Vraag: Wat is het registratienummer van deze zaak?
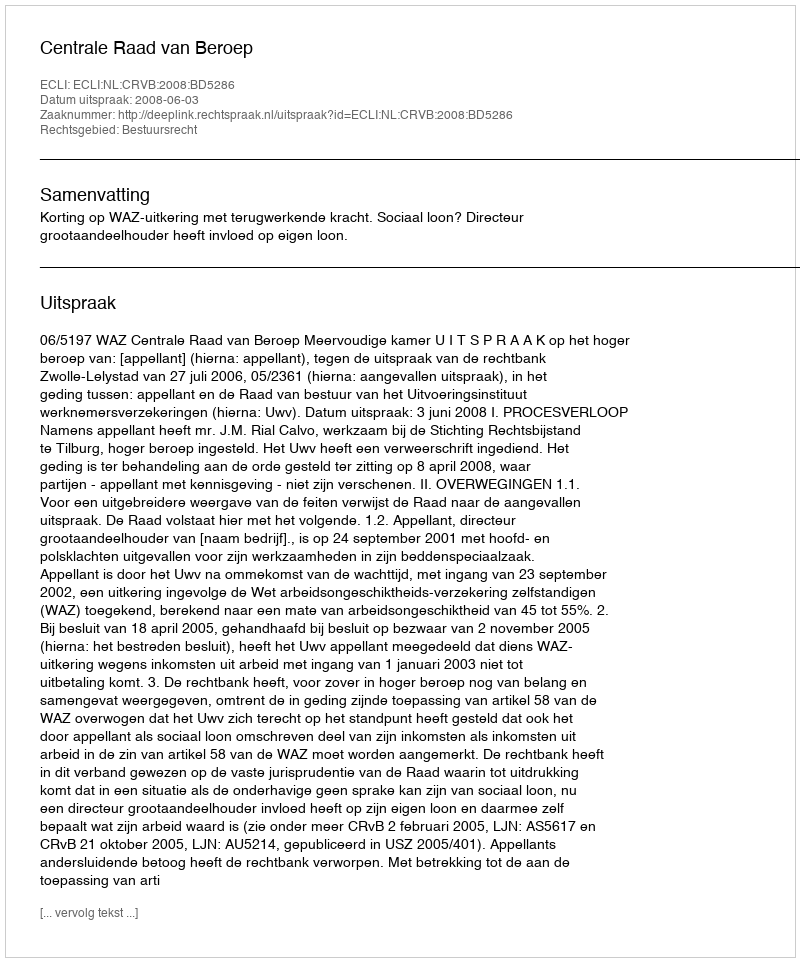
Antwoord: http://deeplink.rechtspraak.nl/uitspraak?id=ECLI:NL:CRVB:2008:BD5286